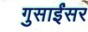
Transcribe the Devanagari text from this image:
गुसाईंसर